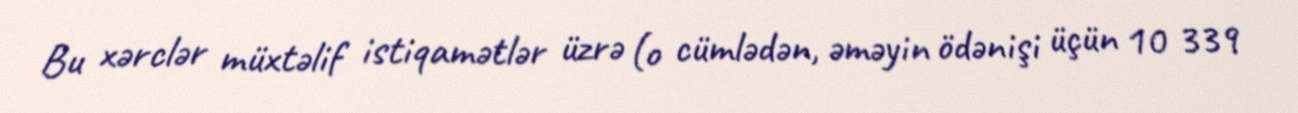
Bu xərclər müxtəlif istiqamətlər üzrə (o cümlədən, əməyin ödənişi üçün 10 339